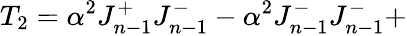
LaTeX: T_{2}=\alpha^{2}J_{n-1}^{+}J_{n-1}^{-}-\alpha^{2}J_{n-1}^{-}J_{n-1}^{-}+